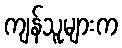
ကျန်သူများက